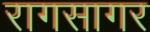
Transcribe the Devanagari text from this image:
रागसागर